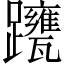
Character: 𨇹